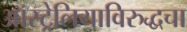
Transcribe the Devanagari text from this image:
ऑस्ट्रेलियाविरुद्धचा